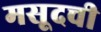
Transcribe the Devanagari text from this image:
मसूदची